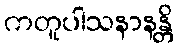
ကတူပါသနာနန္တိ